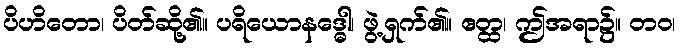
ပိဟိတော၊ ပိတ်ဆို့၏။ ပရိယောနဒ္ဓေါ၊ ဖွဲ့ရှက်၏။ ဧတ္ထ၊ ဤအရာ၌။ တဝ၊